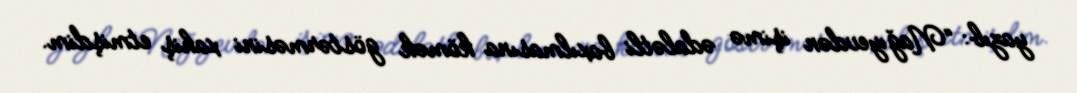
yazıb: “Nağıyevdən işimə ədalətli baxılmasına kömək göstərməsini xahiş etmişdim.